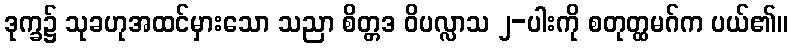
ဒုက္ခ၌ သုခဟုအထင်မှားသော သညာ စိတ္တဒ ဝိပလ္လာသ ၂-ပါးကို စတုတ္ထမဂ်က ပယ်၏။